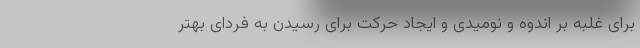
برای غلبه بر اندوه و نومیدی و ایجاد حرکت برای رسیدن به فردای بهتر